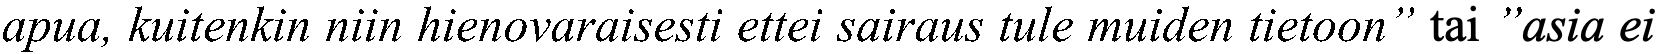
apua, kuitenkin niin hienovaraisesti ettei sairaus tule muiden tietoon” tai ”asia ei